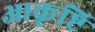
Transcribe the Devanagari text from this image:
आकृष्टि